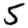
Digit: 5